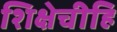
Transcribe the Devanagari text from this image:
शिक्षेचीहि